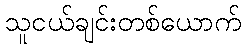
သူငယ်ချင်းတစ်ယောက်